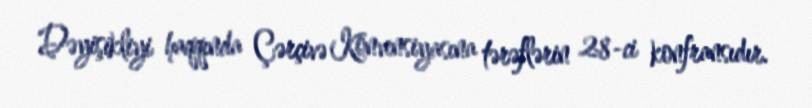
Dəyişikliyi haqqında Çərçivə Konvensiyasına tərəflərin 28-ci konfransıdır.